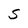
Character: s